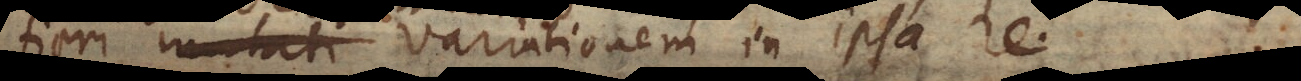
fieri mutati variationem in ipsa re